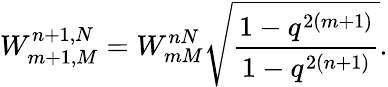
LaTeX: W_{m+1,M}^{n+1,N}=W_{mM}^{nN}\sqrt{\frac{1-q^{2(m+1)}}{1-q^{2(n+1)}}}.